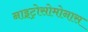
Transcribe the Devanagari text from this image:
नाइट्रोसोमोनास